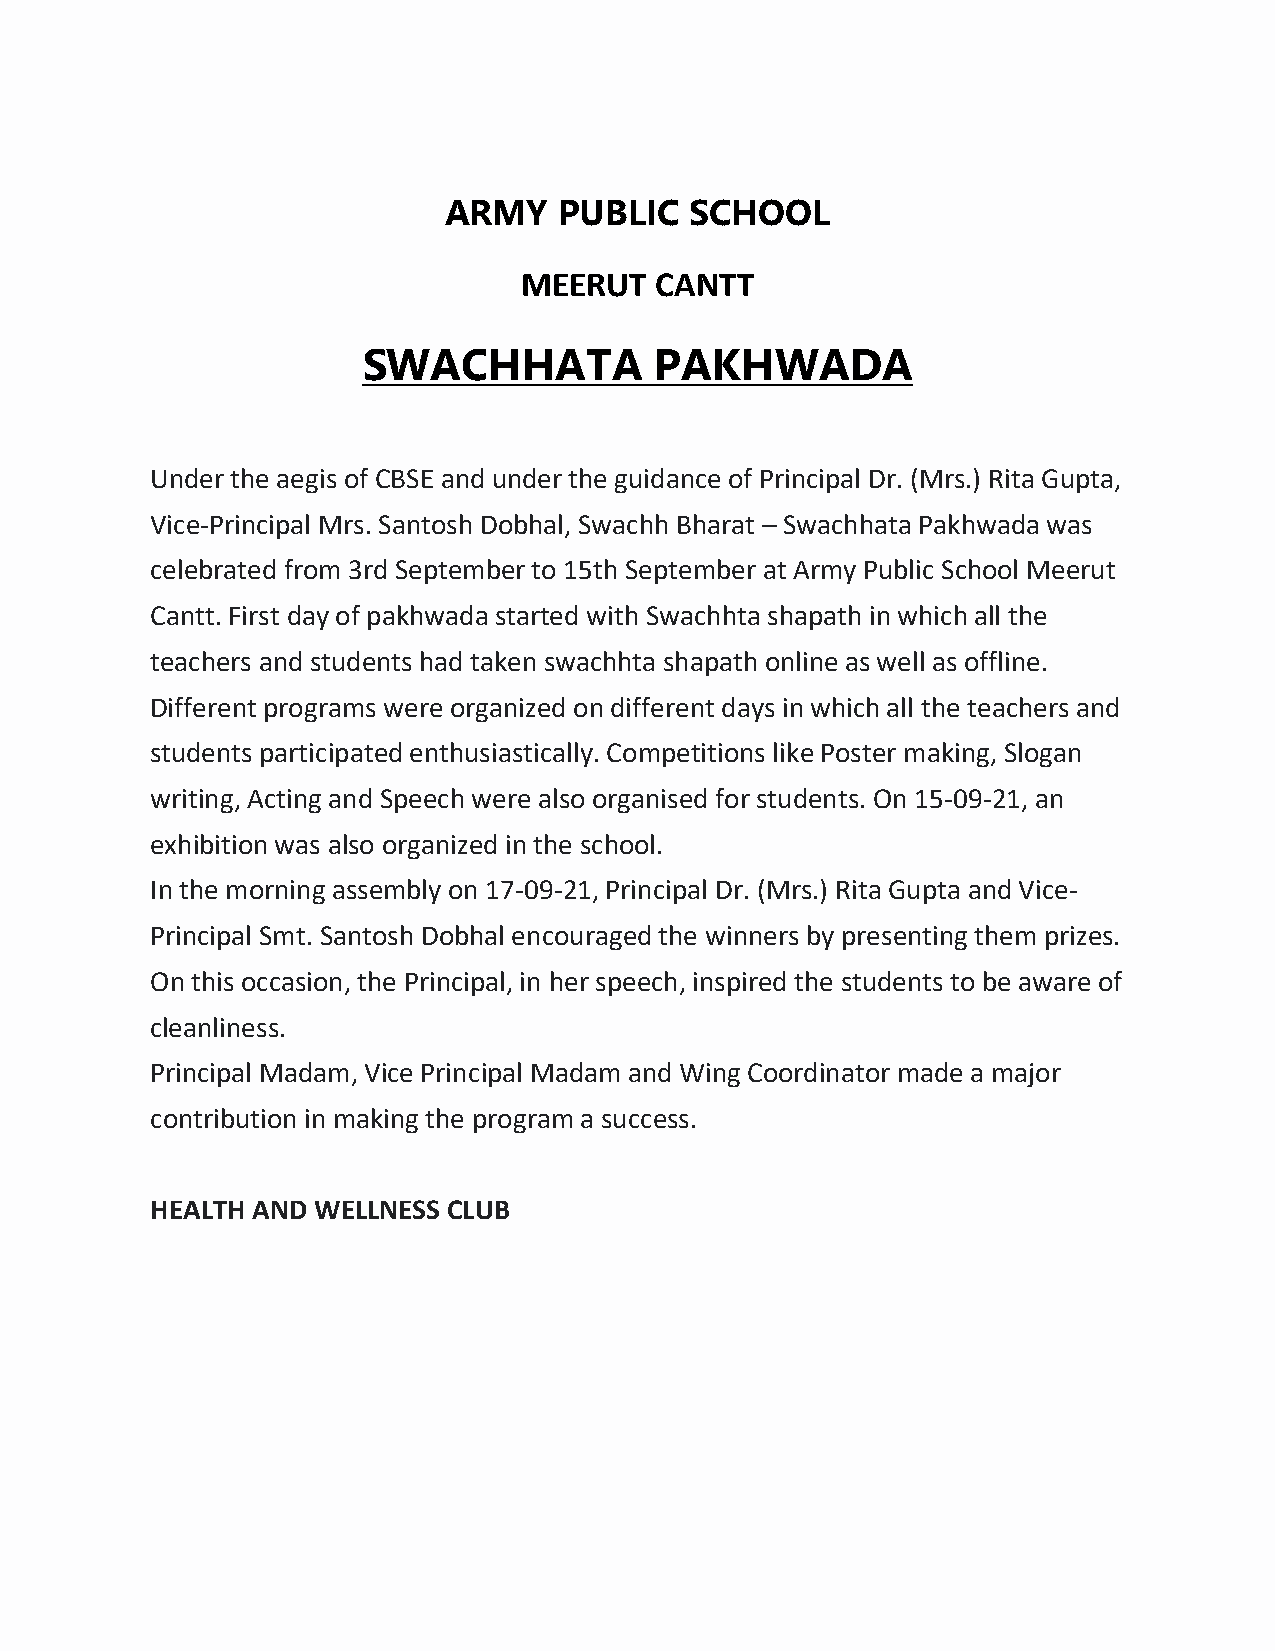
ARMY    PUBLIC   SCHOOL
 MEERUT  CANTT
 SWACHHATA          PAKHWADA
 Under the aegis of CBSE and under the guidance of Principal Dr. (Mrs.) Rita Gupta,
 Vice-Principal Mrs. Santosh Dobhal, Swachh Bharat – Swachhata Pakhwada was
 celebrated from 3rd September to 15th September at Army Public School Meerut
 Cantt. First day of pakhwada started with Swachhta shapath in which all the
 teachers and students had taken swachhta shapath online as well as offline.
 Different programs were organized on different days in which all the teachers and
 students participated enthusiastically. Competitions like Poster making, Slogan
 writing, Acting and Speech were also organised for students. On 15-09-21, an
 exhibition was also organized in the school.
 In the morning assembly on 17-09-21, Principal Dr. (Mrs.) Rita Gupta and Vice-
 Principal Smt. Santosh Dobhal encouraged the winners by presenting them prizes.
 On this occasion, the Principal, in her speech, inspired the students to be aware of
 cleanliness.
 Principal Madam, Vice Principal Madam and Wing Coordinator made a major
 contribution in making the program a success.
 HEALTH AND WELLNESS CLUB